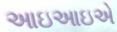
આઇઆઇએ